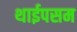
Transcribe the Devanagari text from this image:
थाईपसम